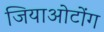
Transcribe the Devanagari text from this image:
जियाओटोंग